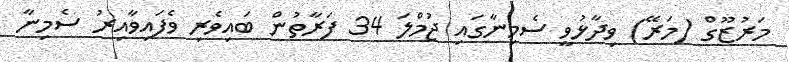
މަރުޒޫގް (މަރޭ) ވިދާޅުވީ ސެމިނާގައި ޖުމްލަ 34 ފަރާތުން ބައިވެރި ވެފައިވާއިރު ސެމިނާ